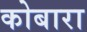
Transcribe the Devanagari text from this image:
कोबारा